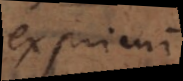
exprimi